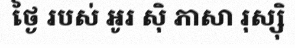
ថ្ងៃ របស់ អូរ ស៊ិ ភាសា រុស្ស៊ិ